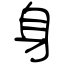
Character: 身